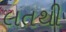
લતથી